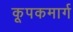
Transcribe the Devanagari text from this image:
कूपकमार्ग